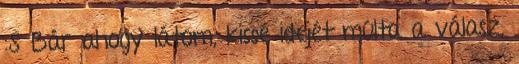
:S Bár ahogy látom, kissé idejét múlta a válasz,